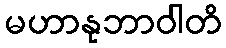
မဟာနုဘာဝါတိ